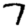
Digit: 7